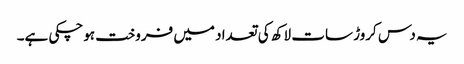
یہ دس کروڑ سات لاکھ کی تعداد میں فروخت ہوچکی ہے۔